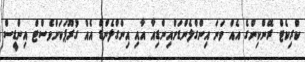
ކްރިކެޓް ރޭންކިންގެ އެއް ވަނަ އިންގްލެންޑަށްއިންޑިއާ އާއި އިންގްލެންޑް އެއް ގުރޫޕަކަށްވެސްޓް އިންޑީސް